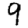
Digit: 9